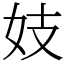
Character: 妓